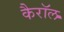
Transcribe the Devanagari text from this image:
कैराॅल